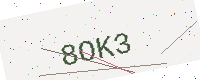
Text: 8OK3